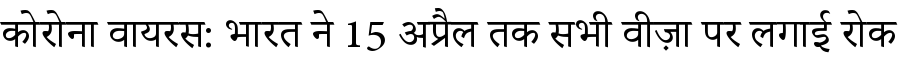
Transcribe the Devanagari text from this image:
कोरोना वायरस: भारत ने 15 अप्रैल तक सभी वीज़ा पर लगाई रोक